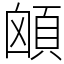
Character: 䪿